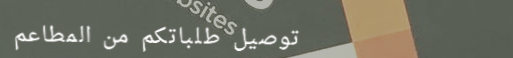
توصيل طلباتكم من المطاعم